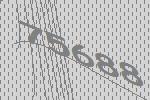
75688